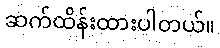
ဆက်ထိန်းထားပါတယ်။